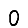
Digit: 0